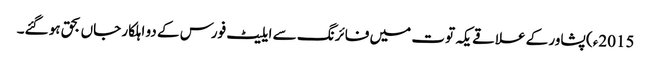
2015ء) پشاور کے علاقے یکہ توت میں فائرنگ سے ایلیٹ فورس کے دو اہلکار جاں بحق ہو گئے۔